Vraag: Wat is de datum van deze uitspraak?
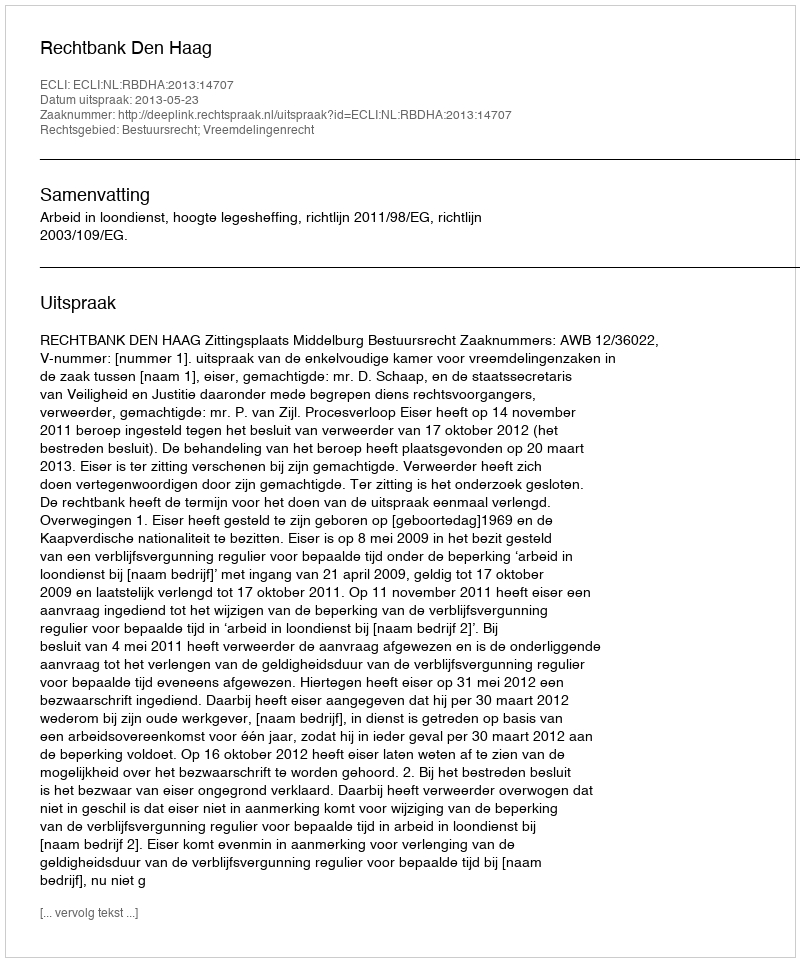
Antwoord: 2013-05-23